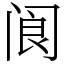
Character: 阆